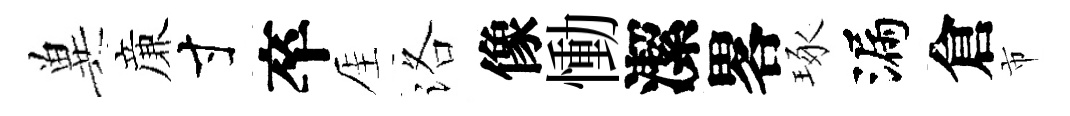
兾亷寸卒厓洛像慟潔畧琢漏倉市